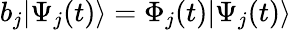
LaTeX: b_{j}|\Psi_{j}(t)\rangle=\Phi_{j}(t)|\Psi_{j}(t)\rangle